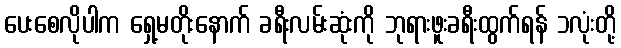
ပေးစေလိုပါက ရှေ့မတိုးနောက် ခရီးလမ်းဆုံးကို ဘုရားဖူးခရီးထွက်ရန် ၁လုံးတို့